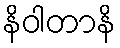
နိဝါတာနိ